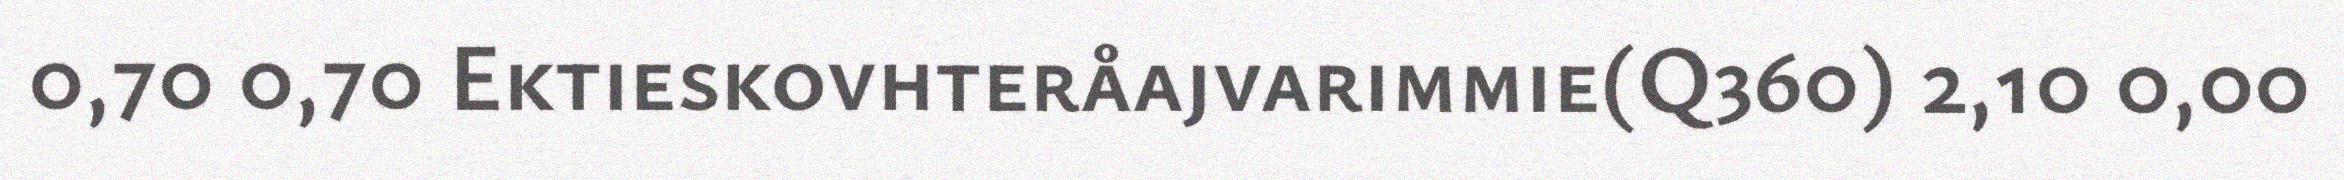
0,70 0,70 Ektieskovhteråajvarimmie(Q360) 2,10 0,00